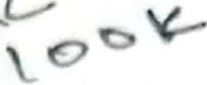
Text: 100K